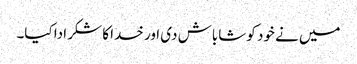
میں نے خود کو شاباش دی اور خدا کا شکر ادا کیا۔